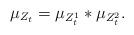
LaTeX: \begin{align*}\mu_{Z_{t}}=\mu_{Z_{t}^{1}}\ast\mu_{Z_{t}^{2}}.\end{align*}